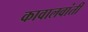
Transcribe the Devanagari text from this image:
कावालवांती